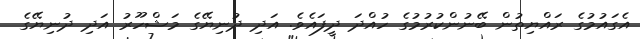
އެގައުމުގެ ރައްޔިތުން ބޭނުންކުރުމުގެ ހުއްދަ ދީފައެވެ. އަދި ދުނިޔޭގެ މަޝްހޫރު އަދި ދުނިޔޭގެ